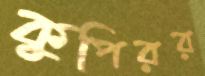
কুপিরর